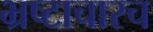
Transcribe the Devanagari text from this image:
भ्रष्टाचारच